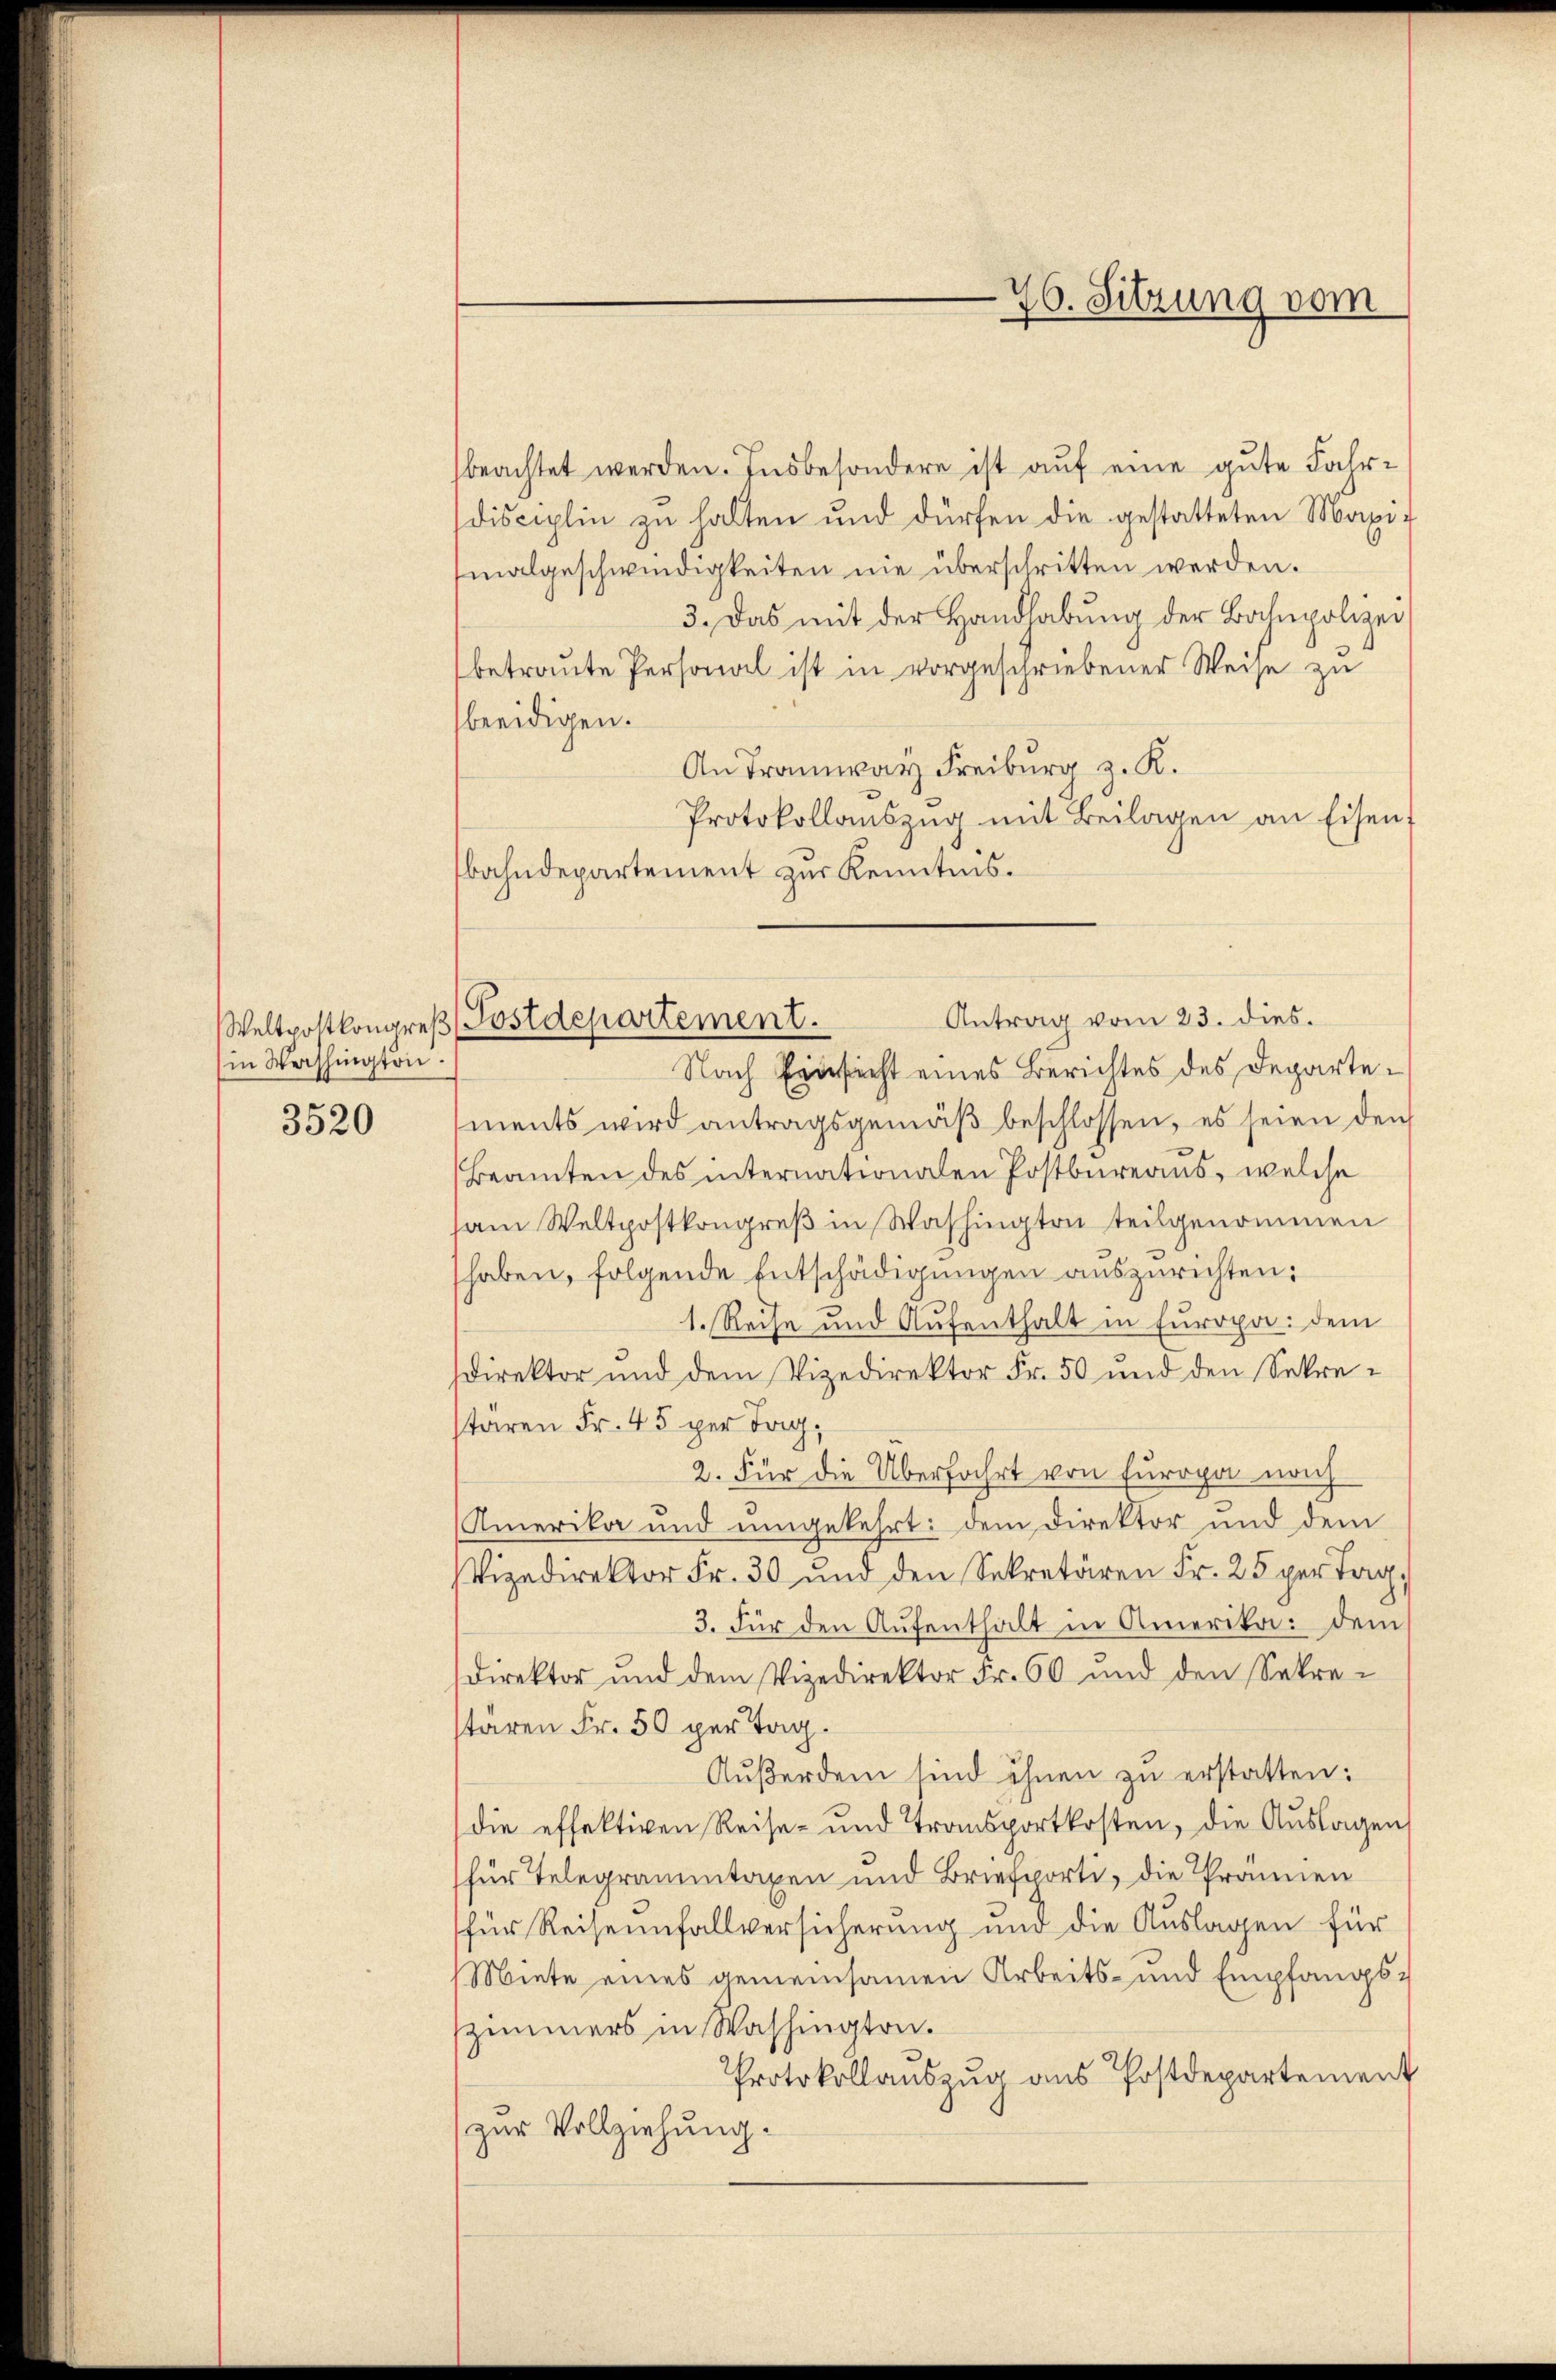
in Washington.
3520

beachtet werden. Insbesondere ist auf eine gute Fahrdisciplin zu halten und dürfen die gestatteten Maximalgeschwindigkeiten nie überschritten werden.
3. Das mit der Handhabŭng der Bahnpolizei,
betraute Personal ist in vorgeschriebener Weise zu
beeidigen.
An Tramway Freiburg z. R.
Protokollaŭszŭg mit Beilagen an Eisent
bahndepartement zur Kenntnis.
Antrag vom 23. dies.
Nach Einsicht eines Berichtes des Departements wird antragsgemäβ beschlossen, es seien den
Beamten des internationalen Postbureaus, welche
am Weltpostkongreß in Washingten teilgenommen
haben, folgende Entschädigungen auszurichten.
1. Reise und Aufenthalt in Europa: dem
direktor und dem Vizedirektor Fr. 50 und den Sekretären Fr. 45 per Tag,
2. Für die Überfahrt von Europa nach
Amerika und umgekehrt: dem Direktor und dem
Vizedirektor Fr. 30 und den Sekretären Fr. 25 per Tag,
3. Für den Aufenthalt in Amerika: dem
direktor und dem Vizedirektor Fr. 60 und den Sekre-
staren Fr. 50 per Tag.
Außerdem sind ihnen zu erstatten:
die effektiven Reise- und Transportkosten, die Auslagen
für Telegrammtaxen und Briefporti, die Prännen
für Reisennfallversicherung und die Auslagen für
Miete eines gemeinsamen Arbeits- und Empfangszimmers in Washington.
Protokollauszug aus Postdepartement
zur Vollziehung.

Weltpoltkongreß Postdepartement.

76. Sitzung vom